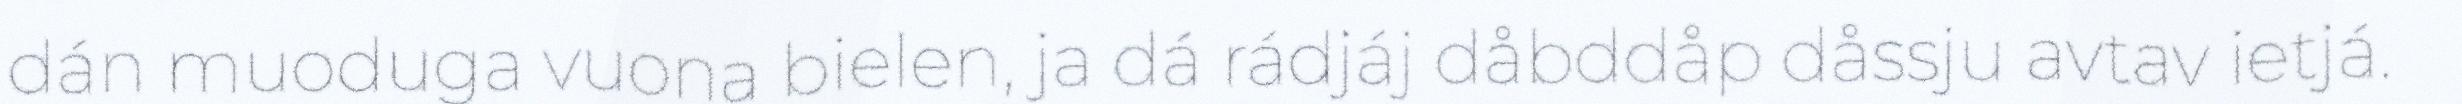
dán muoduga vuona bielen, ja dá rádjáj dåbddåp dåssju avtav ietjá.